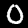
Label: 0